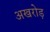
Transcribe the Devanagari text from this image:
अखरोड़